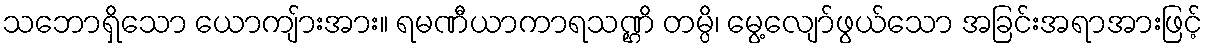
သဘောရှိသော ယောကျ်ားအား။ ရမဏီယာကာရသဏ္ဌိ တမ္ပိ၊ မွေ့လျော်ဖွယ်သော အခြင်းအရာအားဖြင့်